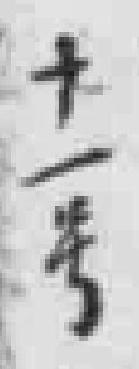
十一号